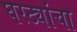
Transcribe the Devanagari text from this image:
घरट्यांचा